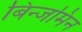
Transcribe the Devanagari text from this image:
बिन्जमिन